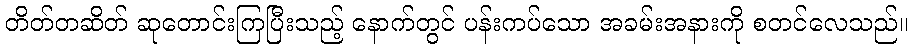
တိတ်တဆိတ် ဆုတောင်းကြပြီးသည့် နောက်တွင် ပန်းကပ်သော အခမ်းအနားကို စတင်လေသည်။